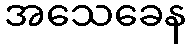
အသေခေန